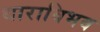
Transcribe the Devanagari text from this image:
धाराविभव